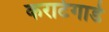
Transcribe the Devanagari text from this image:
कराटेगार्ड